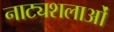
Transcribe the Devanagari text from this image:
नाट्यशलाओं